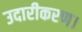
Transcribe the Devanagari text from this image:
उदारीकरण।